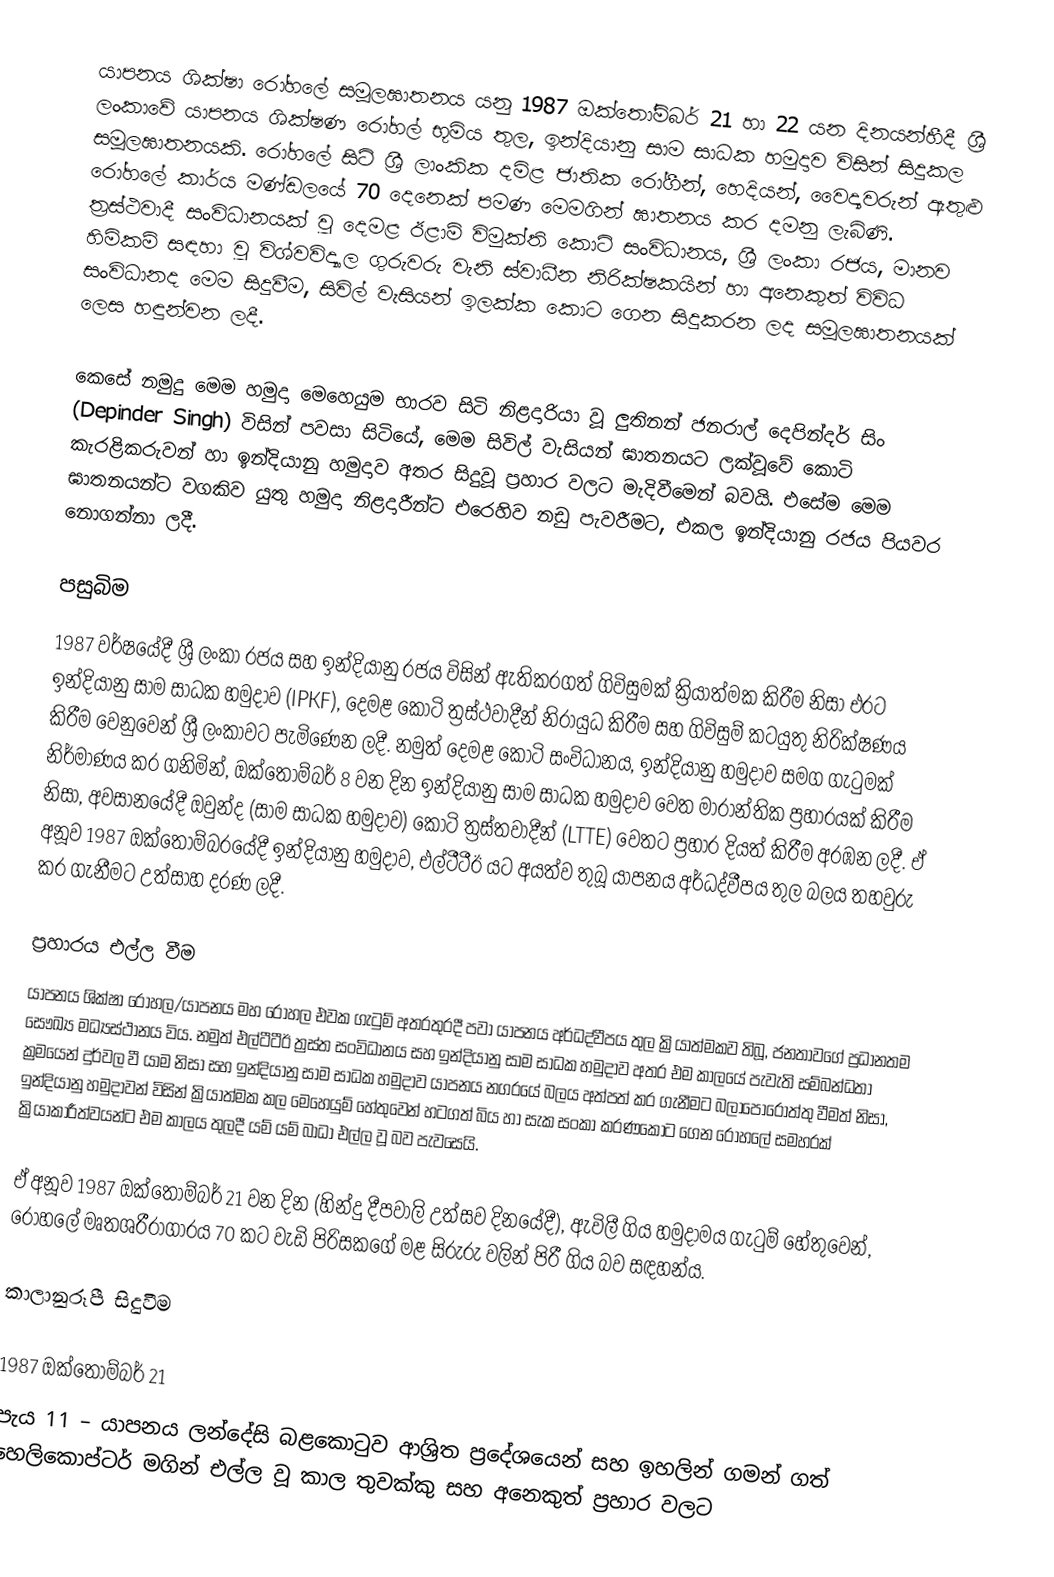
යාපනය ශික්ෂා රෝහලේ සමූලඝාතනය යනු 1987 ඔක්තෝම්බර් 21 හා 22 යන දිනයන්හීදී ශ්‍රී ලංකාවේ යාපනය ශික්ෂණ රෝහල් භූමිය තුල, ඉන්දියානු සාම සාධක හමුදාව විසින් සිදුකල සමූලඝාතනයකි. රෝහලේ සිටි ශ්‍රී ලාංකික දමිළ ජාතික රෝගීන්, හෙදියන්, වෛද්‍යවරුන් ඇතුළු රෝහලේ කාර්ය මණ්ඩලයේ 70 දෙනෙක් පමණ මෙමගින් ඝාතනය කර දමනු ලැබිණි. ත්‍රස්ථවාදී සංවිධානයක් වූ දෙමළ ඊළාම් විමුක්ති කොටි සංවිධානය, ශ්‍රී ලංකා රජය, මානව හිමිකම් සඳහා වූ විශ්වවිද්‍යාල ගුරුවරු වැනි ස්වාධීන නිරික්ෂකයින් හා අනෙකුත් විවිධ සංවිධානද මෙම සිදුවීම, සිවිල් වැසියන් ඉලක්ක කොට ගෙන සිදුකරන ලද සමූලඝාතනයක් ලෙස හඳුන්වන ලදී.

කෙසේ නමුදු මෙම හමුදා මෙහෙයුම භාරව සිටි නිළදාරියා වූ ලුතිනන් ජනරාල් දෙපින්දර් සිං (Depinder Singh) විසින් පවසා සිටියේ, මෙම සිවිල් වැසියන් ඝාතනයට ලක්වූවේ කොටි කැරළිකරුවන් හා ඉන්දියානු හමුදාව අතර සිදුවූ ප්‍රහාර වලට මැදිවීමෙන් බවයි. එසේම මෙම ඝාතනයන්ට වගකිව යුතු හමුදා නිළදාරීන්ට එරෙහිව නඩු පැවරීමට, එකල ඉන්දියානු රජය පියවර නොගන්නා ලදී.

පසුබිම
1987 වර්ෂයේදී ශ්‍රී ලංකා රජය සහ ඉන්දියානු රජය විසින් ඇතිකරගත් ගිවිසුමක් ක්‍රියාත්මක කිරීම නිසා එරට ඉන්දියානු සාම සාධක හමුදාව (IPKF), දෙමළ කොටි ත්‍රස්ථවාදීන් නිරායුධ කිරීම සහ ගිවිසුම් කටයුතු නිරික්ෂණය කිරීම වෙනුවෙන් ශ්‍රී ලංකාවට පැමිණෙන ලදී. නමුත් දෙමළ කොටි සංවිධානය, ඉන්දියානු හමුදාව සමග ගැටුමක් නිර්මාණය කර ගනිමින්, ඔක්තෝම්බර් 8 වන දින ඉන්දියානු සාම සාධක හමුදාව වෙත මාරාන්තික ප්‍රහාරයක් කිරීම නිසා, අවසානයේදී ඔවුන්ද (සාම සාධක හමුදාව) කොටි ත්‍රස්තවාදීන් (LTTE) වෙතට ප්‍රහාර දියත් කිරීම අරඹන ලදී. ඒ අනූව 1987 ඔක්තෝම්බරයේදී ඉන්දියානු හමුදාව, එල්ටීටීඊ යට අයත්ව තුබූ යාපනය අර්ධද්වීපය තුල බලය තහවුරු කර ගැනීමට උත්සාහ දරණ ලදී.

ප්‍රහාරය එල්ල වීම
යාපනය ශික්ෂා රෝහල/යාපනය මහ රෝහල එවක ගැටුම් අතරතුරදී පවා යාපනය අර්ධද්වීපය තුල ක්‍රියාත්මකව තිබූ, ජනතාවගේ ප්‍රධානතම සෞඛ්‍ය මධ්‍යස්ථානය විය. නමුත් එල්ටීටීඊ ත්‍රස්ත සංවිධානය සහ ඉන්දියානු සාම සාධක හමුදාව අතර එම කාලයේ පැවැති සම්බන්ධතා ක්‍රමයෙන් දුර්වල වී යාම නිසා සහ ඉන්දියානු සාම සාධක හමුදාව යාපනය නගරයේ බලය අත්පත් කර ගැනීමට බලාපොරොත්තු වීමත් නිසා, ඉන්දියානු හමුදාවන් විසින් ක්‍රියාත්මක කල මෙහෙයුම් හේතුවෙන් හටගත් බිය හා සැක සංකා කරණකොට ගෙන රෝහලේ සමහරක් ක්‍රියාකාරීත්වයන්ට එම කාලය තුලදී යම් යම් බාධා එල්ල වූ බව පැවසෙයි.

ඒ අනූව 1987 ඔක්තෝම්බර් 21 වන දින (හින්දු දීපවාලි උත්සව දිනයේදී), ඇවිලී ගිය හමුදාමය ගැටුම් හේතුවෙන්, රෝහලේ මෘතශරීරාගාරය 70 කට වැඩි පිරිසකගේ මළ සිරුරු වලින් පිරී ගිය බව සඳහන්ය.

කාලානුරූපී සිදුවීම

1987 ඔක්තෝම්බර් 21
පැය 11 – යාපනය ලන්දේසි බළකොටුව  ආශ්‍රිත ප්‍රදේශයෙන් සහ ඉහලින් ගමන් ගත් හෙලිකොප්ටර් මගින් එල්ල වූ කාල තුවක්කු සහ අනෙකුත් ප්‍රහාර වලට